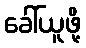
ခေါ်ယူဖို့